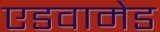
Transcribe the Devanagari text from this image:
एडवामेड